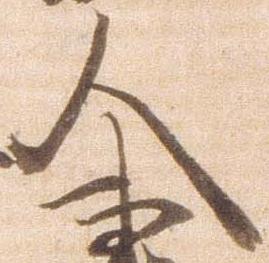
人